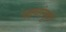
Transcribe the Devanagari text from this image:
पक्ष्यांमुळे